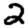
Digit: 2